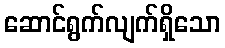
ဆောင်ရွက်လျက်ရှိသော